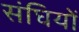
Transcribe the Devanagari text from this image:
संघियों